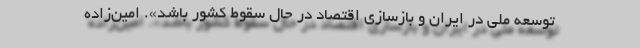
توسعه ملی در ایران و بازسازی اقتصاد در حال سقوط کشور باشد». امین‌زاده